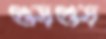
গুড়গুড়